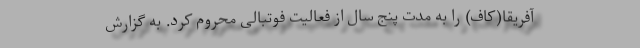
آفریقا(کاف) را به مدت پنج سال از فعالیت فوتبالی محروم کرد. به گزارش